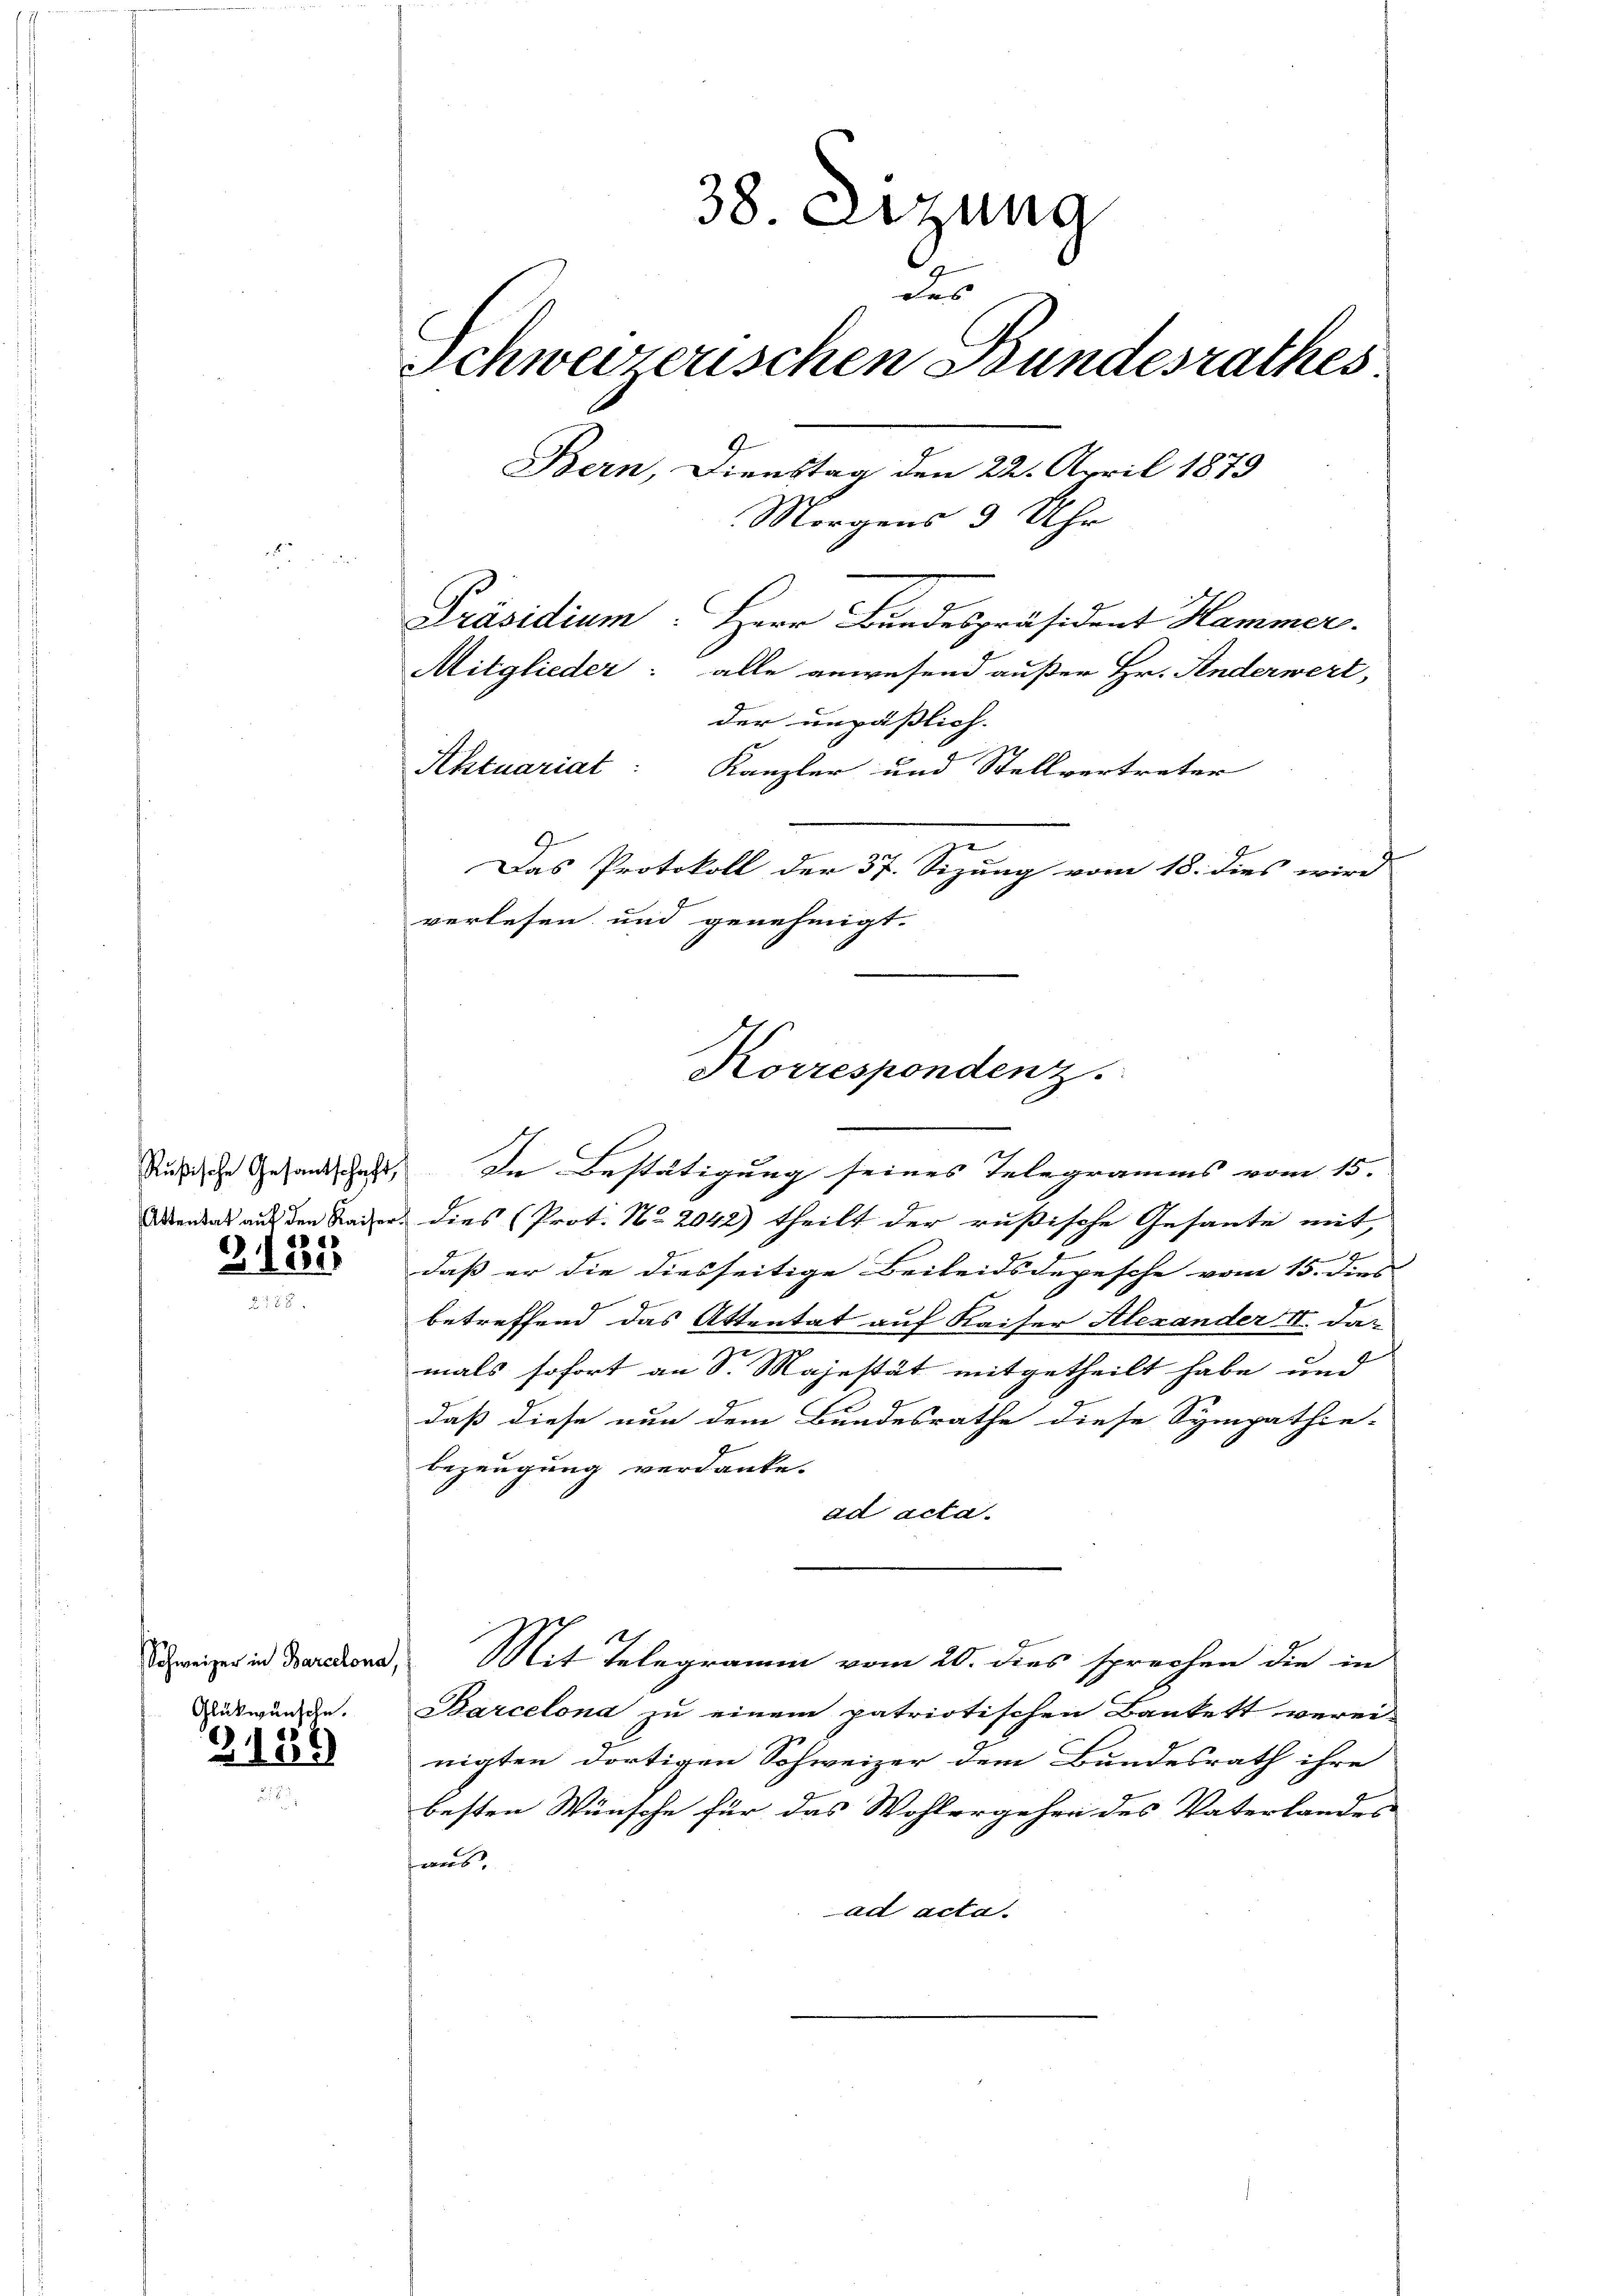
Rußische Gesantschaft
Attentat auf den Kaiser

2137

Schweizer in Barcelona,

Glückwünsche.
2139

38. Sitzung
des
Schweizerischen Bundesrathes
Bern, Dienstag den 22. April 1879
Morgens 3 Uhr
Präsidium. Herr Bundespräsident Hammer.
Mitglieder: alle anwesend außer Hr. Anderwert,

Aktuariat
Kanzler und Stellvertreter
9.
Das Protokoll der 37. Sizung vom 18. dies wird
verlesen und genehmigt.
In Bestätigung seines Telegramms vom 15.
d. Dies (Prot. No 2042) theilt der rußische Gesante mit,
daß er die diesseitige Beileidsdepesche vom 15. dies
betreffend das Attentat auf Kaiser Alexander II. Da-
mals sofort an Sr. Majestät mitgetheilt habe und
daß diese nun dem Bundesrathe diese Sympathie-
bezeugung verdanke.
ad acta.
Mit Telegramm vom 20. dies sprechen die in
Barcelona zu einem patriotischen Bankett verei-
nigten dortigen Schweizer dem Bundesrath ihre
besten Wünsche für das Wohlergehen des Vaterlandes
aus.
ad acta.

der unpäßlich.

Korrespondenz.